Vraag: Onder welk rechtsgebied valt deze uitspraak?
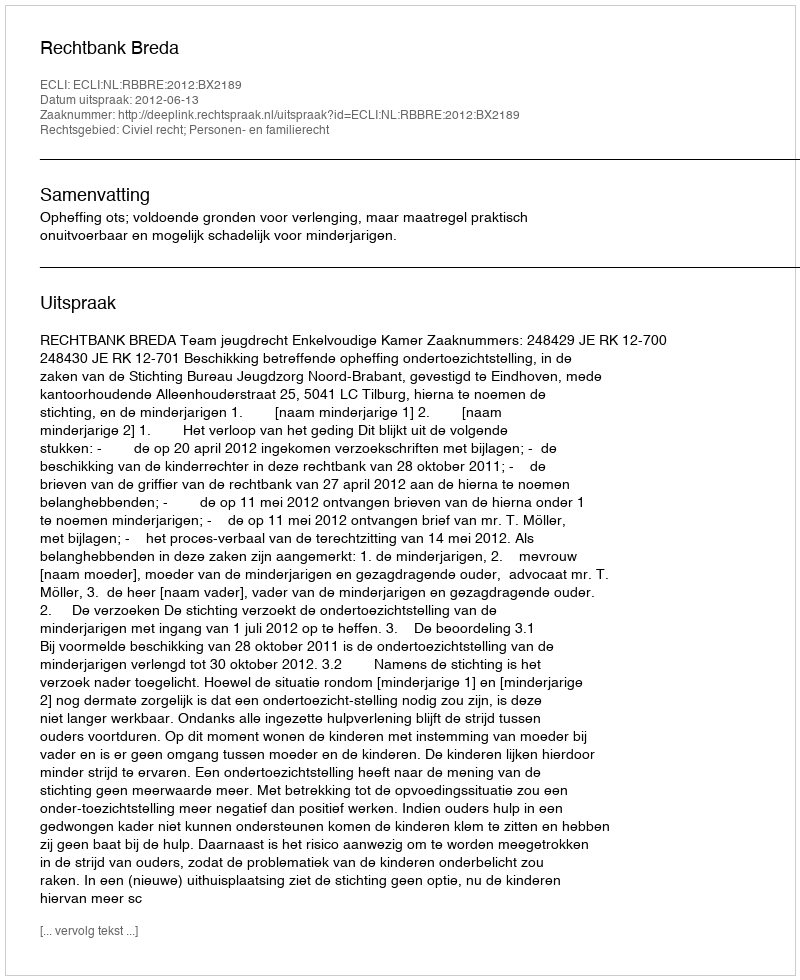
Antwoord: Civiel recht; Personen- en familierecht